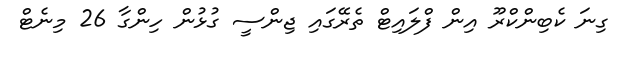
ގިނަ ކެބިންކްރޫ އިން ފްލައިޓް ތެރޭގައި ޖިންސީ ގުޅުން ހިންގާ 26 މިނެޓް